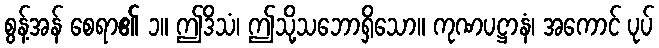
စွန့်အန် စေရာ၏ ၁။ ဤဒိသံ၊ ဤသို့သဘောရှိသော။ ကုဏပဋ္ဌာနံ၊ အကောင် ပုပ်